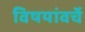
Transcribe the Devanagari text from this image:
विषयांवर्चे